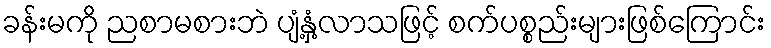
ခန်းမကို ညစာမစားဘဲ ပျံ့နှံ့လာသဖြင့် စက်ပစ္စည်းများဖြစ်ကြောင်း